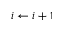
i \gets i + 1